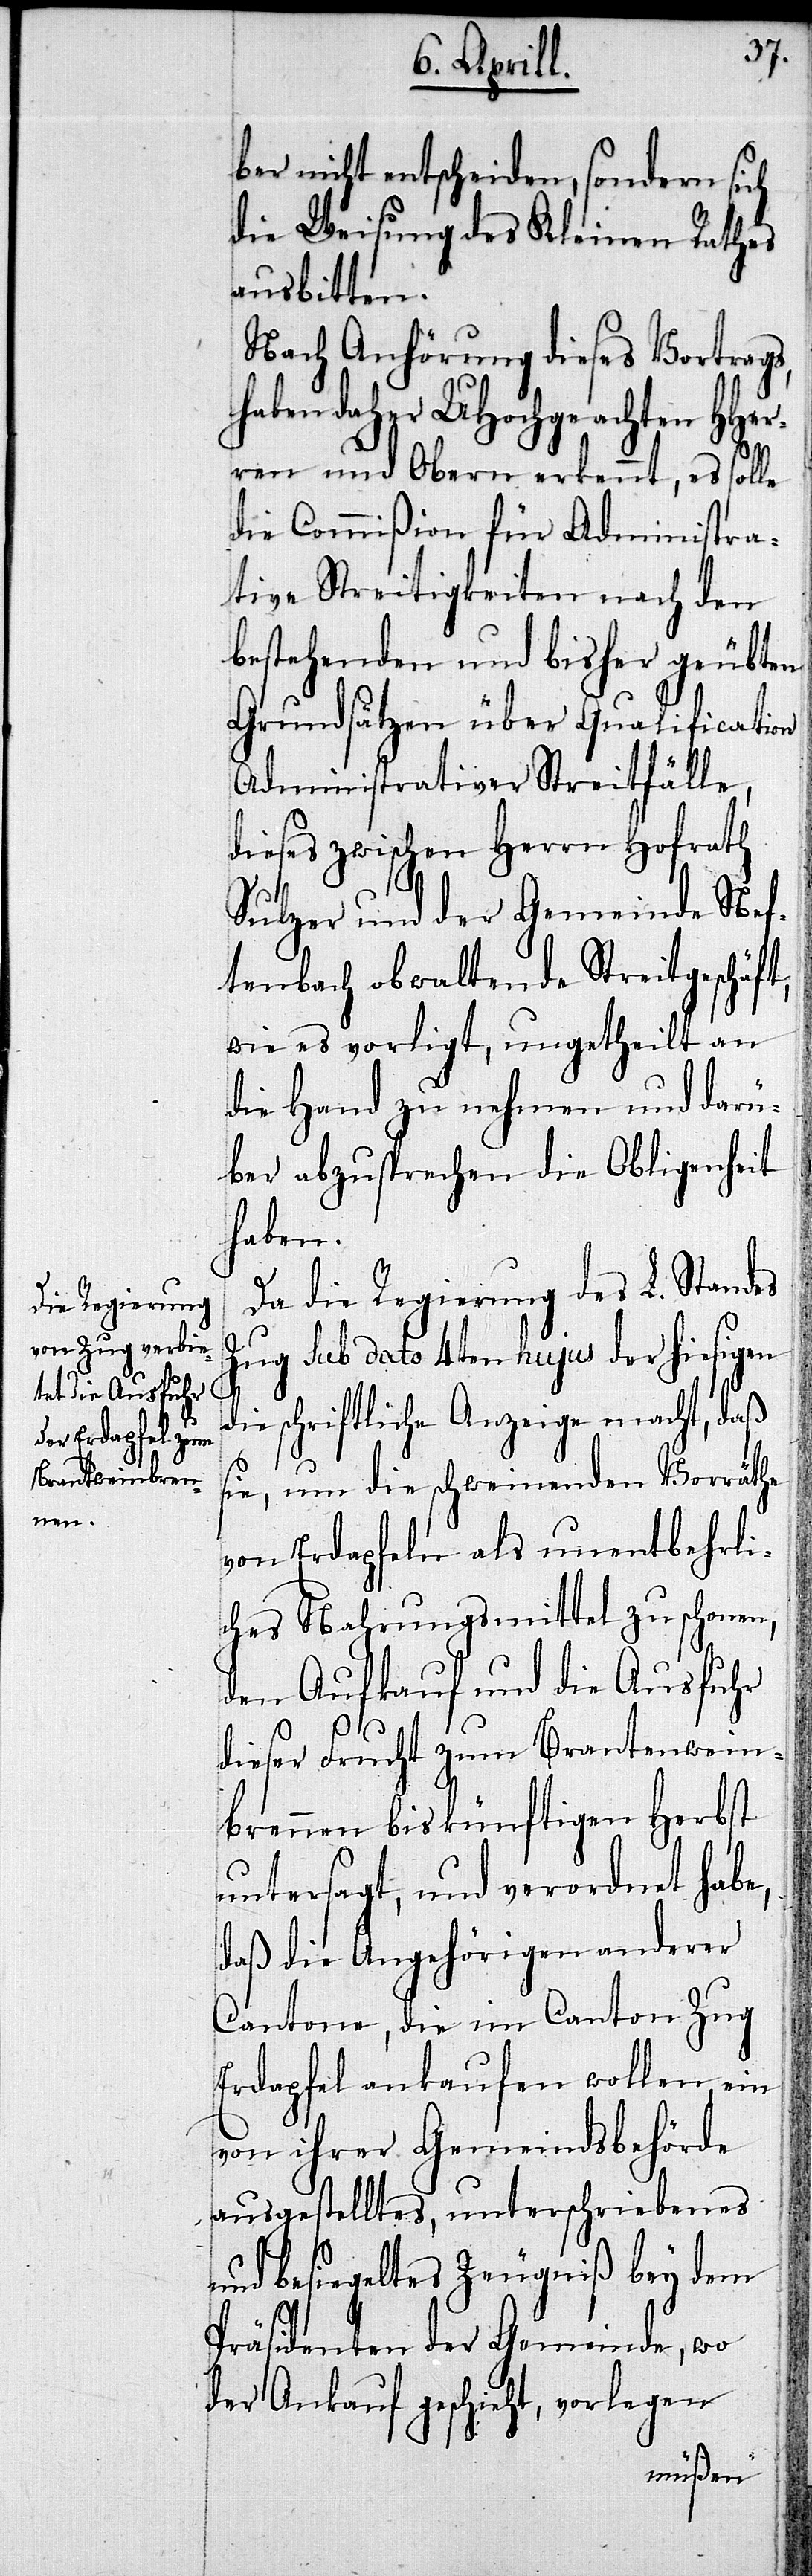
ber nicht entscheiden, sondern sich
die Weisung des Kleinen Rathes
ausbitten.
Nach Anhörung dieses Vortrages,
haben daher UHochgeachten HHer¬
ren und Obern erkennt, es solle
die Commißion für Administra¬
tive Streitigkeiten nach den
bestehenden und bisher geübten
Grundsätzen über Qualification
administrativer Streitfälle,
dieses zwischen Herrn Hofrath
Sulzer und der Gemeinde Nef¬
tenbach obwaltende Streitgeschäft,
wie es vorliegt, ungetheilt an
die Hand zu nehmen und darü¬
ber abzusprechen die Obliegenheit
haben.
Da die Regierung des L. Standes
Zug Sub dato 4ten hujus der hiesigen
die schriftliche Anzeige macht, daß
sie, um die schwindenden Vorräthe
von Erdapfeln als unentbehrli¬
ches Nahrungsmittel zu schonen,
den Aufkauf und die Ausfuhr
dieser Frucht zum Brantwein¬
brennen bis künftigen Herbst
untersagt, und verordnet habe,
daß die Angehörigen anderer
Cantone, die im Canton Zug
Erdapfel ankaufen wollen, ein
von ihrer Gemeindsbehörde
ausgestelltes, unterschriebenes
und besiegeltes Zeugniß bey dem
Präsidenten der Gemeinde, wo
der Ankauf geschieht, vorlegen